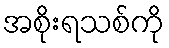
အစိုးရသစ်ကို